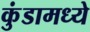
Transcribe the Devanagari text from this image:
कुंडामध्ये